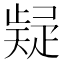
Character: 𭼃